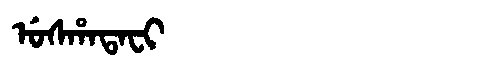
Manchu: ᡠᠰᡥᠠᡨᠠᠸᡳ
Romanization: USHATAFI